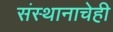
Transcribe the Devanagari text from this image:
संस्थानाचेही